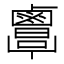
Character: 𪉷